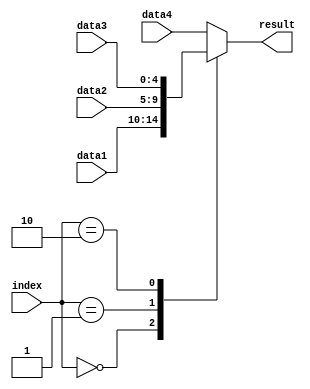
`timescale 1ns / 1ps
//////////////////////////////////////////////////////////////////////////////////
// Company: 
// Engineer: 
// 
// Design Name: 
// Module Name: mux_421
// Project Name: 
// Target Devices: 
// Tool Versions: 
// Description: 
// 
// Dependencies: 
// 
// Revision:
// Revision 0.01 - File Created
// Additional Comments:
// 
//////////////////////////////////////////////////////////////////////////////////


module mux_421_2(
    input [1:0] index, 
    input [4:0] data1,
    input [4:0] data2,
    input [4:0] data3,
    input [4:0] data4,
    output [4:0] result
    );

    reg [4:0] temp;
    
    always @(index, data1, data2, data3, data4)
        case(index)
            2'b00: temp = data1;
            2'b01: temp = data2;
            2'b10: temp = data3;
            default: temp = data4;
        endcase

    assign result = temp;
    
endmodule